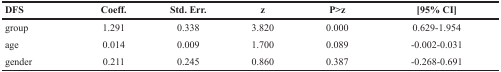
<table><thead><tr><td><b>DFS</b></td><td><b>Coeff.</b></td><td><b>Std. Err.</b></td><td><b>z</b></td><td><b>P&gt;z</b></td><td><b>[95% CI]</b></td></tr></thead><tbody><tr><td>Group</td><td>1.291</td><td>0.338</td><td>3.820</td><td>0.000</td><td>0.629-1.954</td></tr><tr><td>Age</td><td>0.014</td><td>0.009</td><td>1.700</td><td>0.089</td><td>-0.002-0.031</td></tr><tr><td>Gender</td><td>0.211</td><td>0.245</td><td>0.860</td><td>0.387</td><td>-0.268-0.691</td></tr></tbody></table>